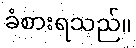
ခံစားရသည်။